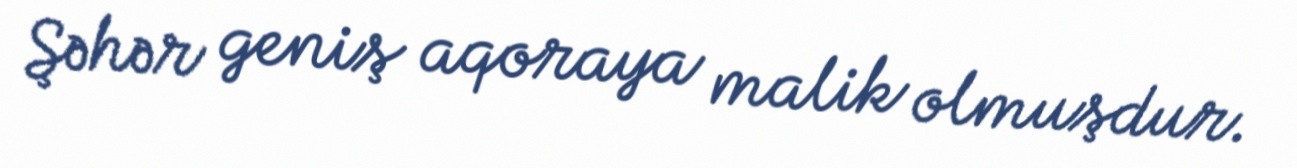
Şəhər geniş aqoraya malik olmuşdur.